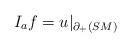
LaTeX: \begin{align*}I_a f = u|_{\partial_+(SM)}\end{align*}